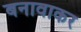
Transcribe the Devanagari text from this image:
बनावाकर